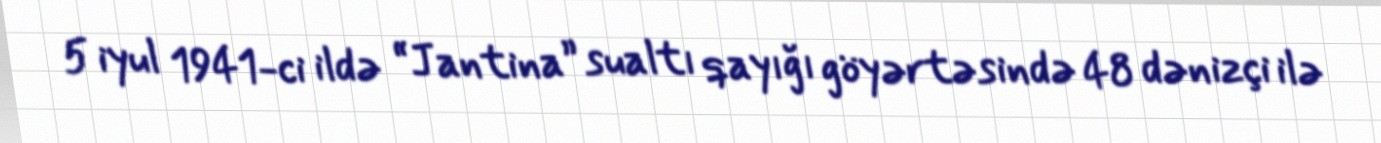
5 iyul 1941-ci ildə “Jantina” sualtı qayığı göyərtəsində 48 dənizçi ilə